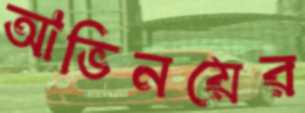
আভিনয়ের